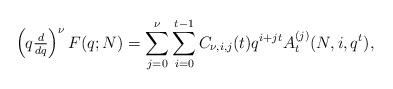
LaTeX: \begin{align*}\left( q \tfrac{d}{dq} \right)^\nu F(q; N) =\sum_{j=0}^{\nu} \sum_{i=0}^{t-1} C_{\nu,i,j} (t) q^{i+jt} A_{t}^{(j)} (N, i, q^{t}),\end{align*}